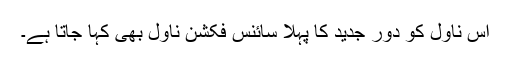
اس ناول کو دور جدید کا پہلا سائنس فکشن ناول بھی کہا جاتا ہے۔